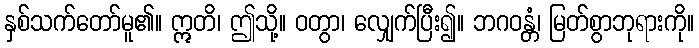
နှစ်သက်တော်မူ၏။ ဣတိ၊ ဤသို့။ ဝတွာ၊ လျှေက်ပြီး၍။ ဘဂဝန္တံ၊ မြတ်စွာဘုရားကို။